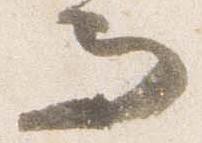
而